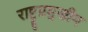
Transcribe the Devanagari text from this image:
राष्ट्रप्रमुखीय